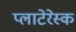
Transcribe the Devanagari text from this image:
प्लाटेरेस्क